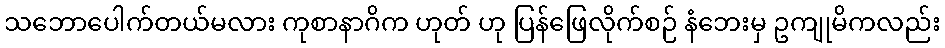
သဘောပေါက်တယ်မလား ကုစာနာဂိက ဟုတ် ဟု ပြန်ဖြေလိုက်စဉ် နံဘေးမှ ဥကျုမိကလည်း